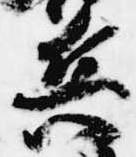
兵